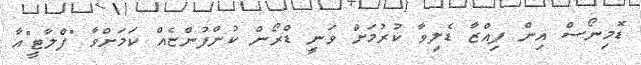
ޑޮމިނޯސް އިން ޕިއްޒާ ޑެލިވާ ކުރުމަށް ވަނީ ޑްރޯން ކުންފުންޏެއް ކަމަށްވާ "ފްލާޓީ"އާ